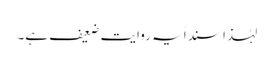
لہٰذا سنداً یہ روایت ضعیف ہے۔